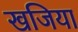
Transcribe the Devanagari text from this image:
खजिया